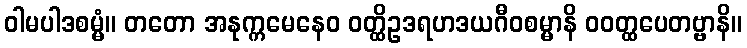
ဝါမပါဒစမ္မံ။ တတော အနုက္ကမေနေဝ ဝတ္ထိဥဒရဟဒယဂီဝစမ္မာနိ ဝဝတ္ထပေတဗ္ဗာနိ။